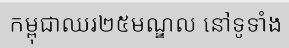
កម្ពុជាឈរ២៥មណ្ឌល នៅទូទាំង